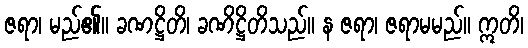
ဇရာ၊ မည်၏။ ခဏဋ္ဌိတိ၊ ခဏိဋ္ဌိတိသည်။ န ဇရာ၊ ဇရာမမည်။ ဣတိ၊